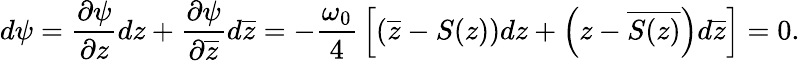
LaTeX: d\psi={\frac{\partial\psi}{\partial z}}dz+{\frac{\partial\psi}{\partial\overline{{z}}}}d\overline{{z}}=-{\frac{\omega_{0}}{4}}\left[\left(\overline{{z}}-S(z)\right)dz+\left({z}-\overline{{S(z)}}\right)d\overline{{z}}\right]=0.